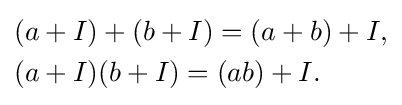
{\begin{aligned}&(a+I)+(b+I)=(a+b)+I,\\&(a+I)(b+I)=(ab)+I.\end{aligned}}